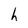
Character: h